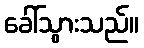
ခေါ်သွားသည်။